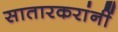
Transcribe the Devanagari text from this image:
सातारकरांनीं